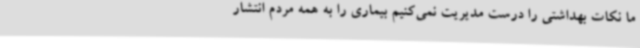
ما نکات بهداشتی را درست مدیریت نمی‌کنیم بیماری را به همه مردم انتشار